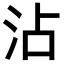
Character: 沾